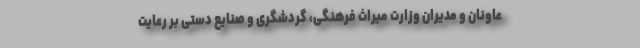
عاونان و مدیران وزارت میراث ‌فرهنگی، گردشگری و صنایع ‌دستی بر رعایت